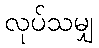
လုပ်သမျှ